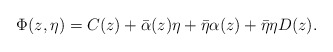
\begin{align*}\Phi(z,\eta)= C(z) + \bar{\alpha}(z) \eta +\bar{\eta} \alpha(z) +\bar{\eta} \eta D(z).\end{align*}